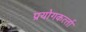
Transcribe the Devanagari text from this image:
प्रयोगकर्त्‍ता